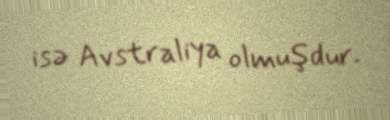
isə Avstraliya olmuşdur.